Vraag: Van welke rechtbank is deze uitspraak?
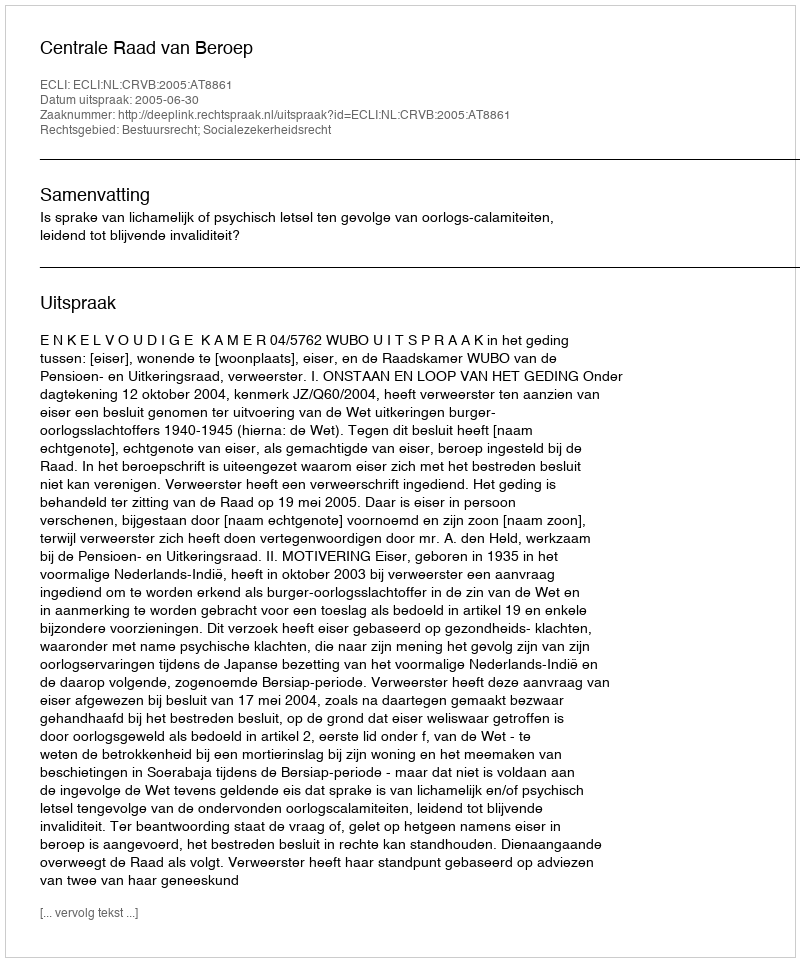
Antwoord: Centrale Raad van Beroep